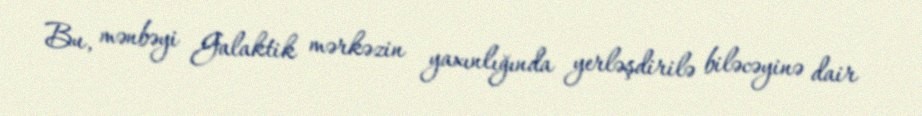
Bu, mənbəyi Galaktik mərkəzin yaxınlığında yerləşdirilə biləcəyinə dair